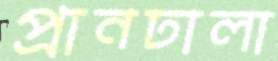
প্রানঢালা